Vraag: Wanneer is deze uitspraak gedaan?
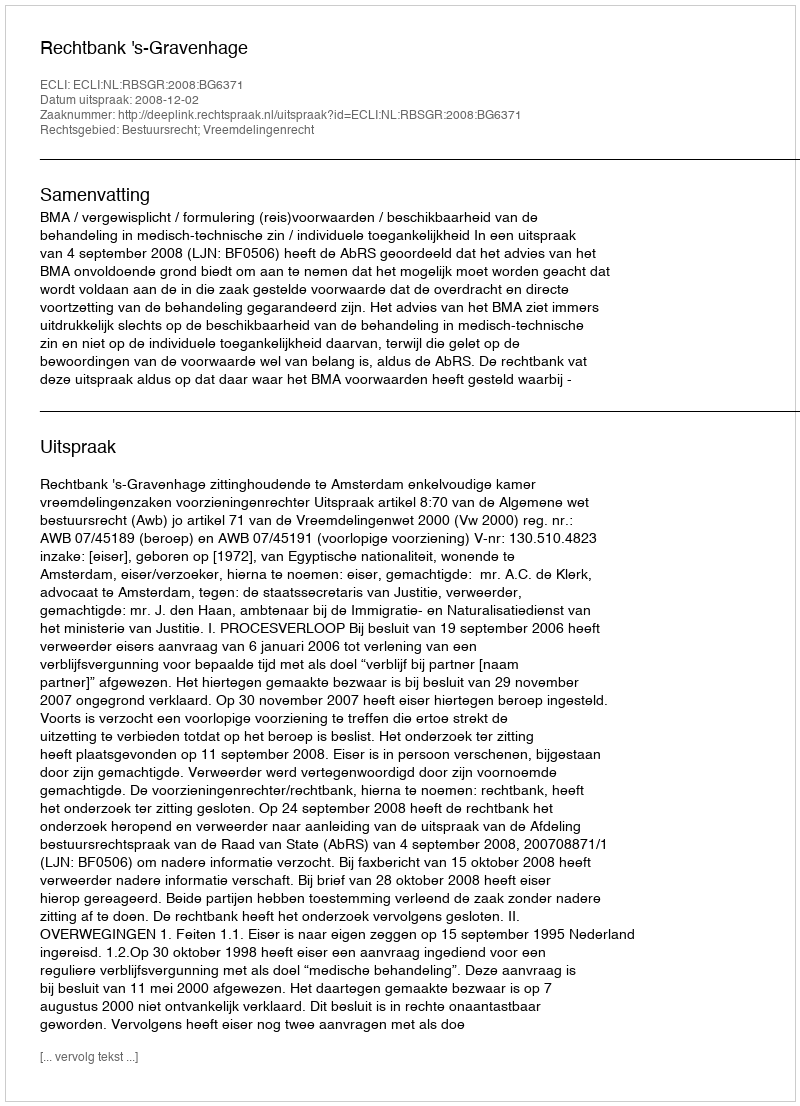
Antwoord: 2008-12-02